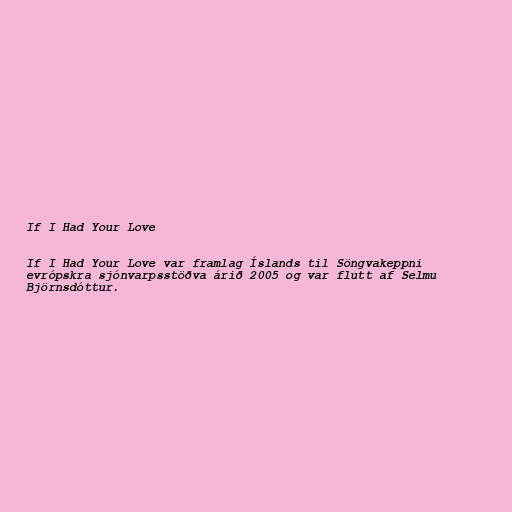
If I Had Your Love

If I Had Your Love var framlag Íslands til Söngvakeppni
evrópskra sjónvarpsstöðva árið 2005 og var flutt af Selmu
Björnsdóttur.